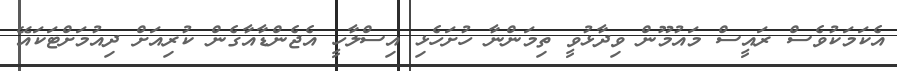
އެކަމަކުވެސް ރައީސް މައުމޫން ވިދާޅުވީ ތިމަންނާ ހުށަހެޅި އިސްލާހީ އެޖެންޑާއާގެން ކުރިއަށް ދިއުމަށްޓަކައޭ